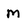
Character: m